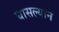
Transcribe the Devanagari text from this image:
घासल्याने